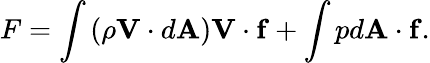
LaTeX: F=\int\left(\rho\mathbf{V}\cdot d\mathbf{A}\right)\mathbf{V}\cdot\mathbf{f}+\int pd\mathbf{A}\cdot\mathbf{f}.